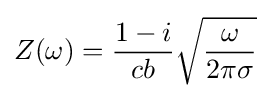
Z(\omega )={\frac {1-i}{cb}}{\sqrt {\frac {\omega }{2\pi \sigma }}}